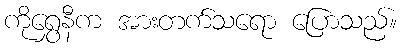
ကိုရွှေနီက အားတက်သရော ပြောသည်။